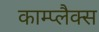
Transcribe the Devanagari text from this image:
काम्प्लैक्स